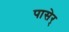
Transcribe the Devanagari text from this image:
पासेर्